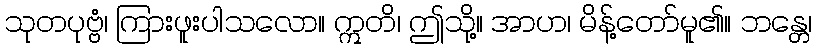
သုတပုဗ္ဗံ၊ ကြားဖူးပါသလော။ ဣတိ၊ ဤသို့။ အာဟ၊ မိန့်တော်မူ၏။ ဘန္တေ၊